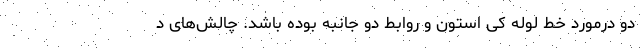
دو درمورد خط لوله کی استون و روابط دو جانبه بوده باشد. چالش‌های د